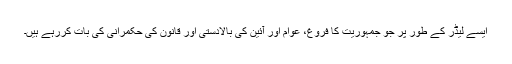
ایسے لیڈر کے طور پر جو جمہوریت کا فروغ، عوام اور آئین کی بالادستی اور قانون کی حکمرانی کی بات کررہے ہیں۔